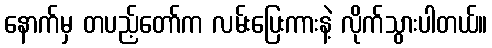
နောက်မှ တပည့်တော်က လမ်းပြေးကားနဲ့ လိုက်သွားပါတယ်။